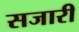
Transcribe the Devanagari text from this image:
सजारी